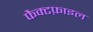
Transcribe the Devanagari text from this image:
फैक्टफ़ाइल